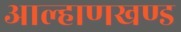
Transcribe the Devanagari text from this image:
आल्हाणखण्ड